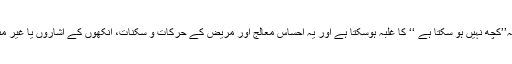
ان علامات سے یہ احساسِ کہ’’کچھ نہیں ہو سکتا ہے ‘‘ کا غلبہ ہوسکتا ہے اور یہ احساس معالج اور مریض کے حرکات و سکنات، آنکھوں کے اشاروں یا غیر مبہم الفاظ سے واضح ہوتا ہے۔